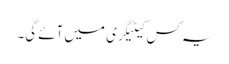
یہ کس کیٹیگری میں آئے گی۔